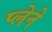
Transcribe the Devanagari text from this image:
प्लेने